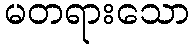
မတရားသော